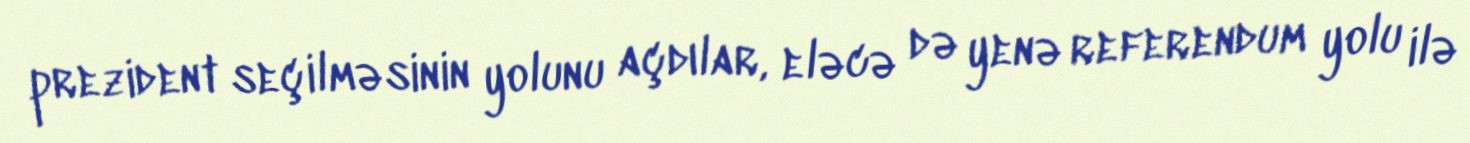
prezident seçilməsinin yolunu açdılar, eləcə də yenə referendum yolu ilə